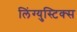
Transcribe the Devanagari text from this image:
लिंग्युस्टिक्स